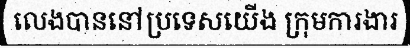
លេងបាននៅប្រទេសយើង ក្រុមការងារ